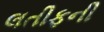
લતીફની